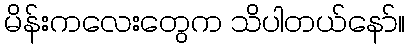
မိန်းကလေးတွေက သိပါတယ်နော်။